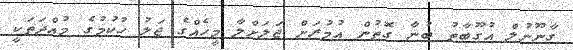
ގާނޫނުލް އުގޫބާތު ބުނާ ގޮތުން އުމުރަށް ޖަލަށްލާ މީހެެއްގެ ޖަލު ހުކުމުގެ މުއްދަތަކީ